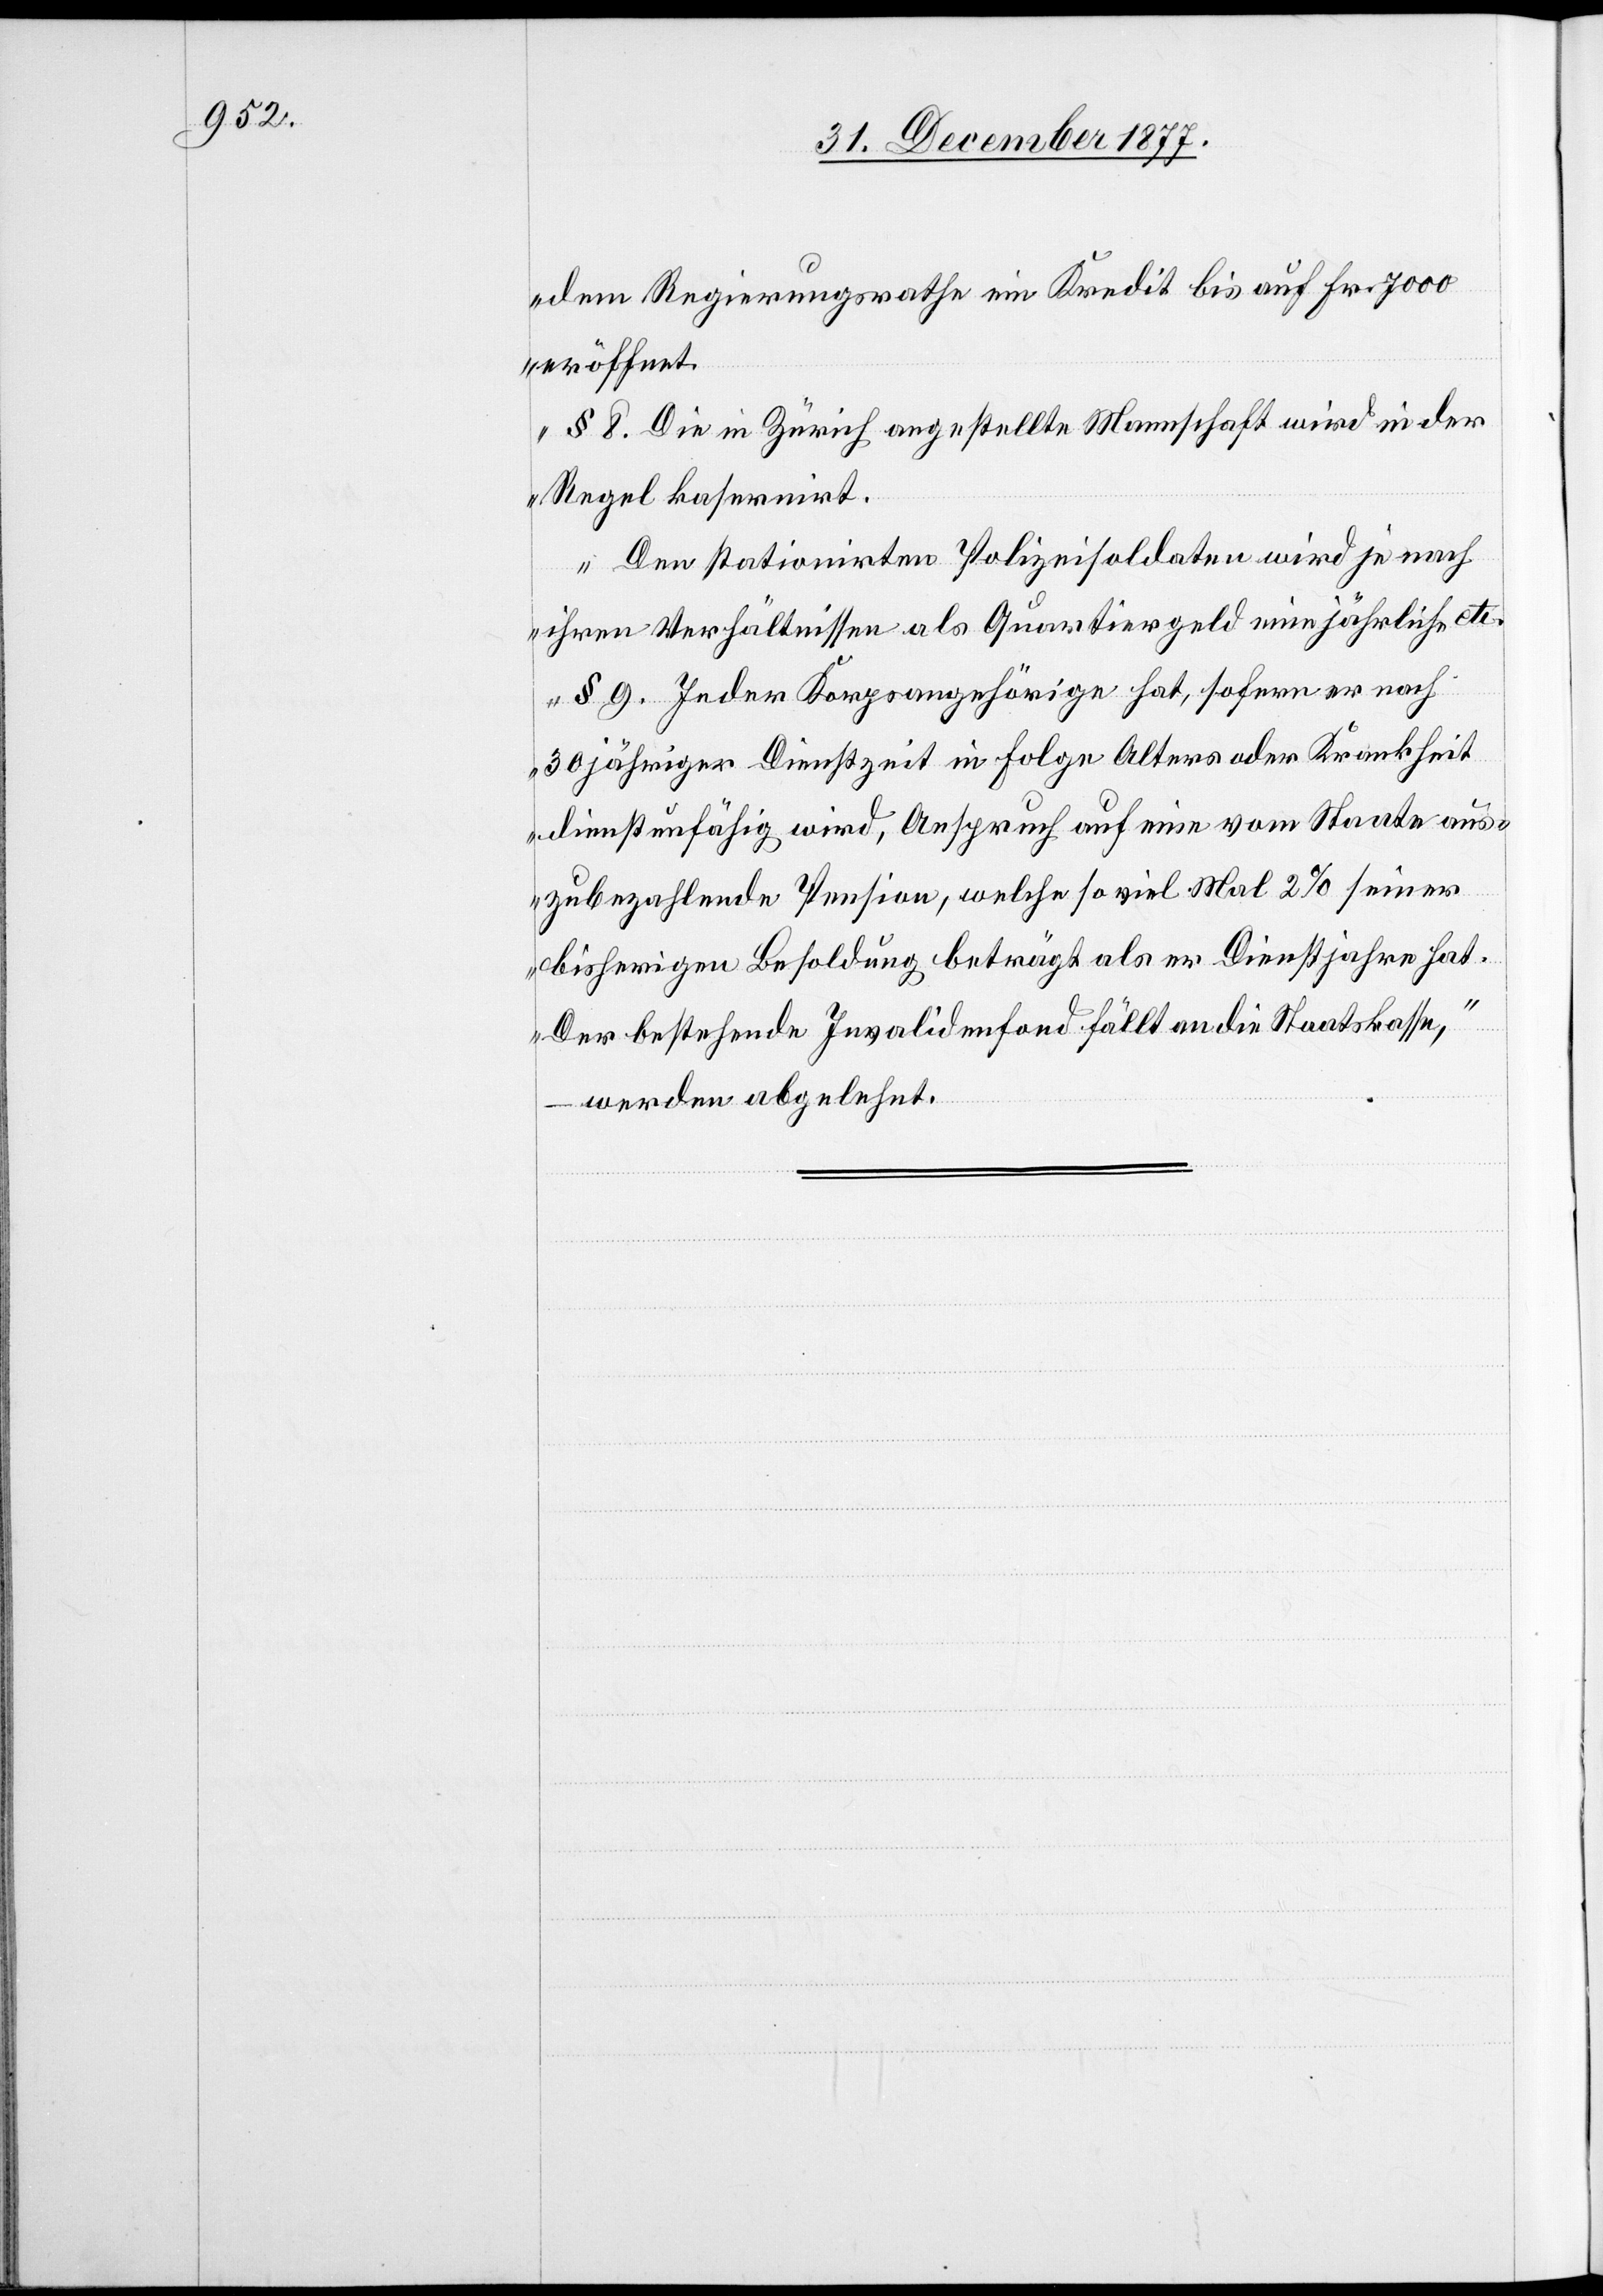
dem Regierungsrathe ein Kredit bis auf Fr. 7000
eröffnet.
§ 8. Die in Zürich angestellte Mannschaft wird in der
Regel kasernirt.
Den stationirten Polizeisoldaten wird je nach
ihren Verhältnissen als Quartiergeld eine jährliche etc.
§ 9. Jeder Korpsangehörige hat, sofern er nach
30 jähriger Dienstzeit in Folge Alters oder Krankheit
dienstunfähig wird, Anspruch auf eine vom Staate aus¬
zubezahlende Pension, welche so viel Mal 2% seiner
bisherigen Besoldung beträgt als er Dienstjahre hat.
Der bestehende Invalidenfond fällt an die Staatskasse,“
– werden abgelehnt.